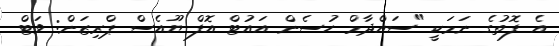
އެ ފޮތުގެ ނަމަކީ "ސައްދާމް ހުސެން އައުޓް އޮފް ޔޫއެސް ޕްރިޒަން: ވަޓް